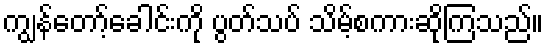
ကျွန်တော့်ခေါင်းကို ပွတ်သပ် သိမ့်စကားဆိုကြသည်။